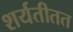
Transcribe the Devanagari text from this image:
शर्यतीतत